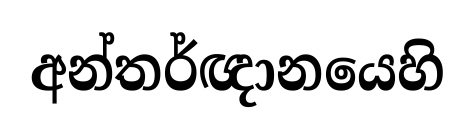
අන්තර්ඥානයෙහි